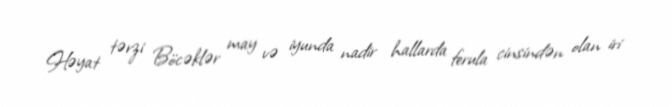
Həyat tərzi Böcəklər may və iyunda nadir hallarda ferula cinsindən olan iri